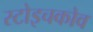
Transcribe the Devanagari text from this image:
स्टोइचकोव